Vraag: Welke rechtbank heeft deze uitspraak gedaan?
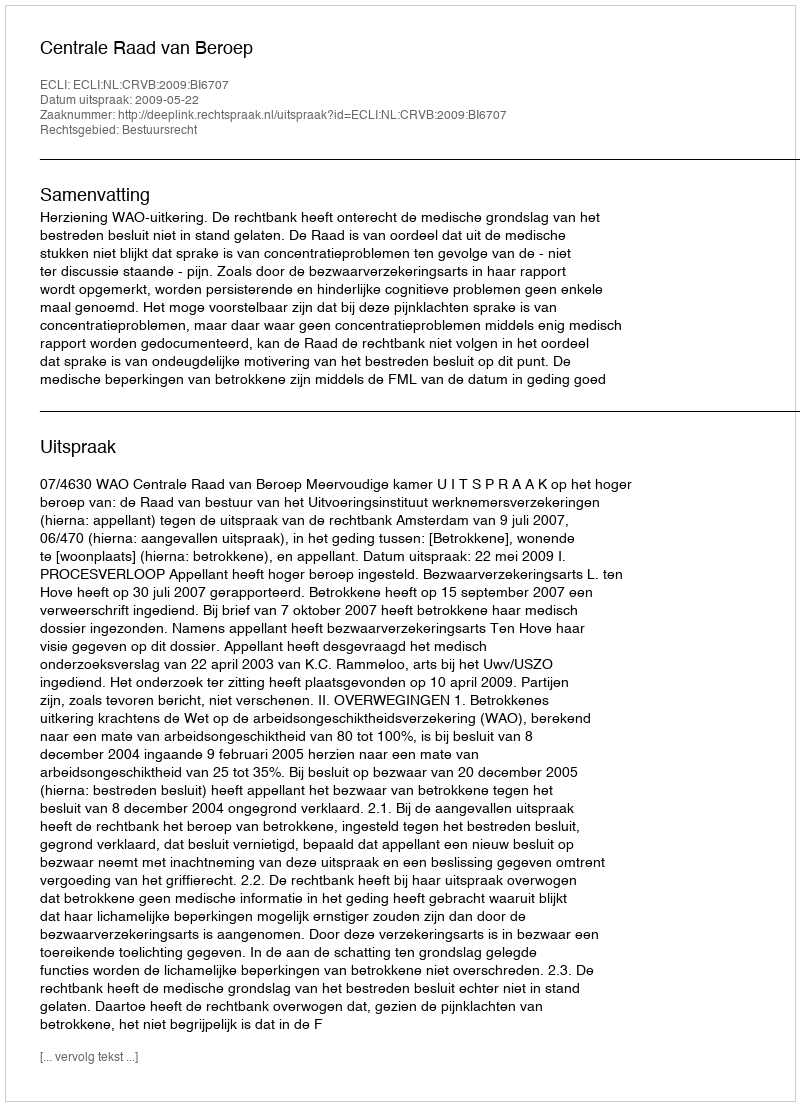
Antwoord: Centrale Raad van Beroep